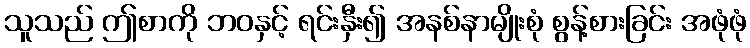
သူသည် ဤစာကို ဘဝနှင့် ရင်းနှီး၍ အနစ်နာမျိုးစုံ စွန့်စားခြင်း အဖုံဖုံ